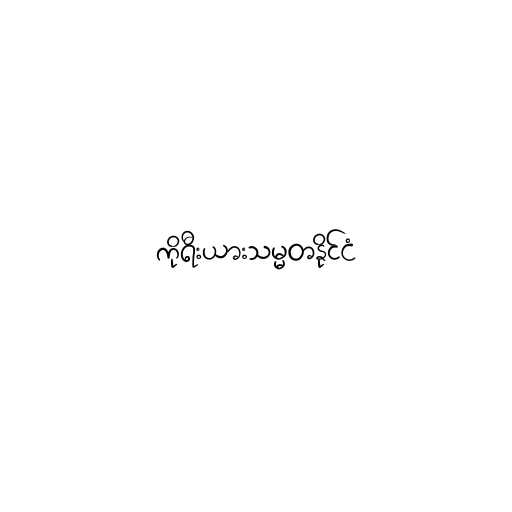
ကိုရီးယားသမ္မတနိုင်ငံ